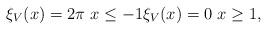
LaTeX: \begin{align*}\xi _V(x)=2\pi\ x\leq -1 \xi _V(x)=0\ x\geq 1,\end{align*}